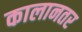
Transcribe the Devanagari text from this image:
कालानतर